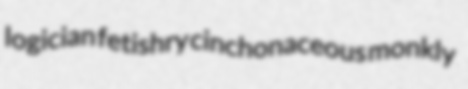
logician fetishry cinchonaceous monkly